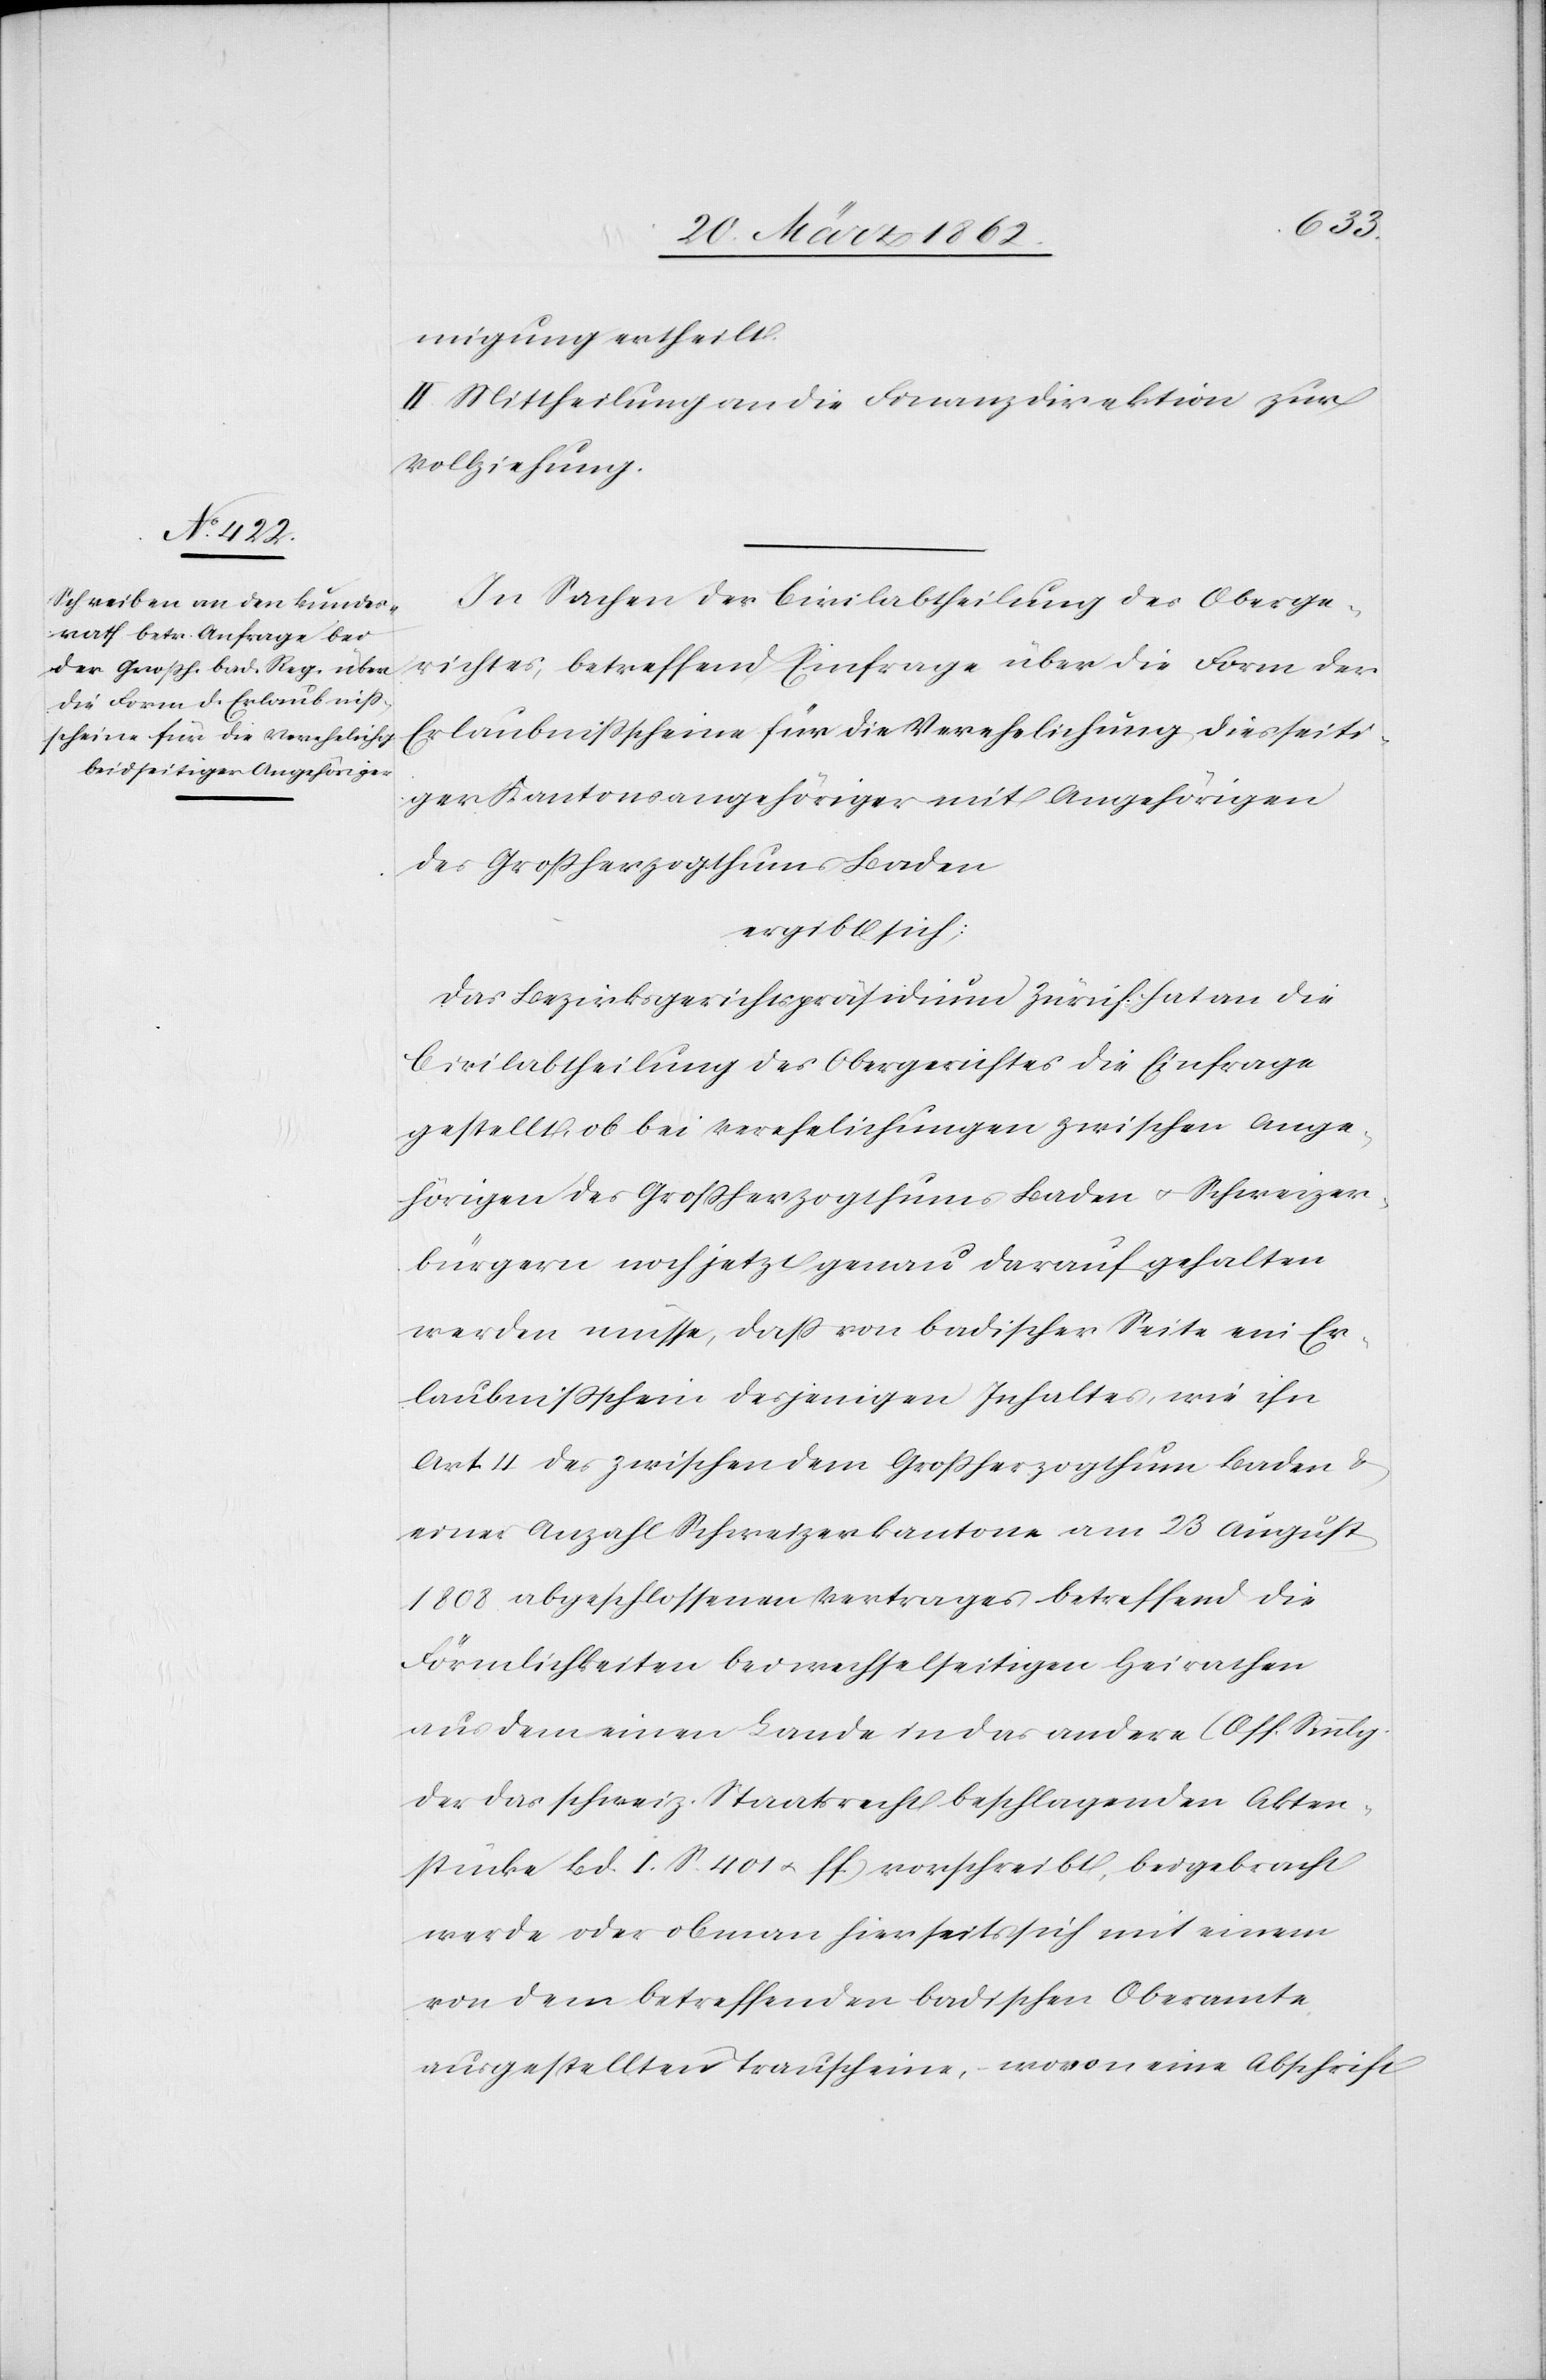
migung ertheilt.
II. Mittheilung an die Finanzdirektion zur
Vollziehung.
In Sachen der Civilabtheilung des Oberge¬
richtes, betreffend Einfrage über die Form der
Erlaubnißscheine für die Verehelichung diesseiti¬
ger Kantonsangehöriger mit Angehörigen
des Großherzogthums Baden
ergibt sich:
Das Bezirksgerichtspräsidium Zürich hat an die
Civilabtheilung des Obergerichtes die Einfrage
gestellt, ob bei Verehelichungen zwischen Ange¬
hörigen des Großherzogthums Baden u. Schweizer¬
bürgern noch jetzt genau darauf gehalten
werden müsse, daß von badischer Seite ein Er¬
laubnißschein desjenigen Inhaltes, wie ihn
Art. 4 des zwischen dem Großherzogthum Baden &
einer Anzahl Schweizerkantone am 23 August
1808 abgeschlossenen Vertrages betreffend die
Förmlichkeiten bei wechselseitigen Heirathen
aus dem einen Lande in das andere (Off. Smmlg.
der das schweiz. Staatsrecht beschlagenden Akten¬
stücke Bd. I. S. 401 u. ff.) vorschreibt, beigebracht
werde, oder ob man hierseits sich mit einem
von dem betreffenden badischen Oberamte
ausgestellten Trauscheine, wovon eine Abschrift